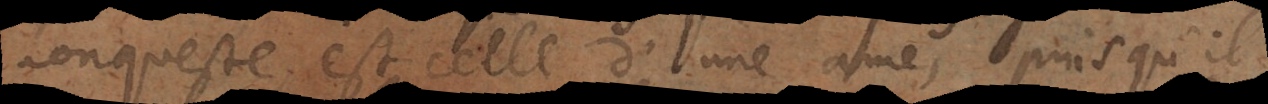
conqueste est celle d’une ame, puisqu’il